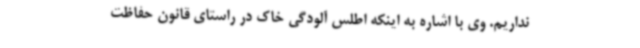
نداریم. وی با اشاره به اینکه اطلس آلودگی خاک در راستای قانون حفاظت